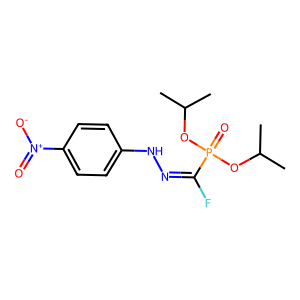
SMILES: CC(C)OP(=O)(OC(C)C)C(F)=NNc1ccc([N+](=O)[O-])cc1
Inhibits HIV replication: No